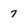
Character: 7